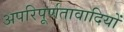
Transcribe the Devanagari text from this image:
अपरिपूर्णतावादियों